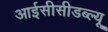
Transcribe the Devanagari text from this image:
आईसीसीडब्‍ल्‍यू